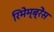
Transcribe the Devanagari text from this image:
रिमेम्ब्रेंस